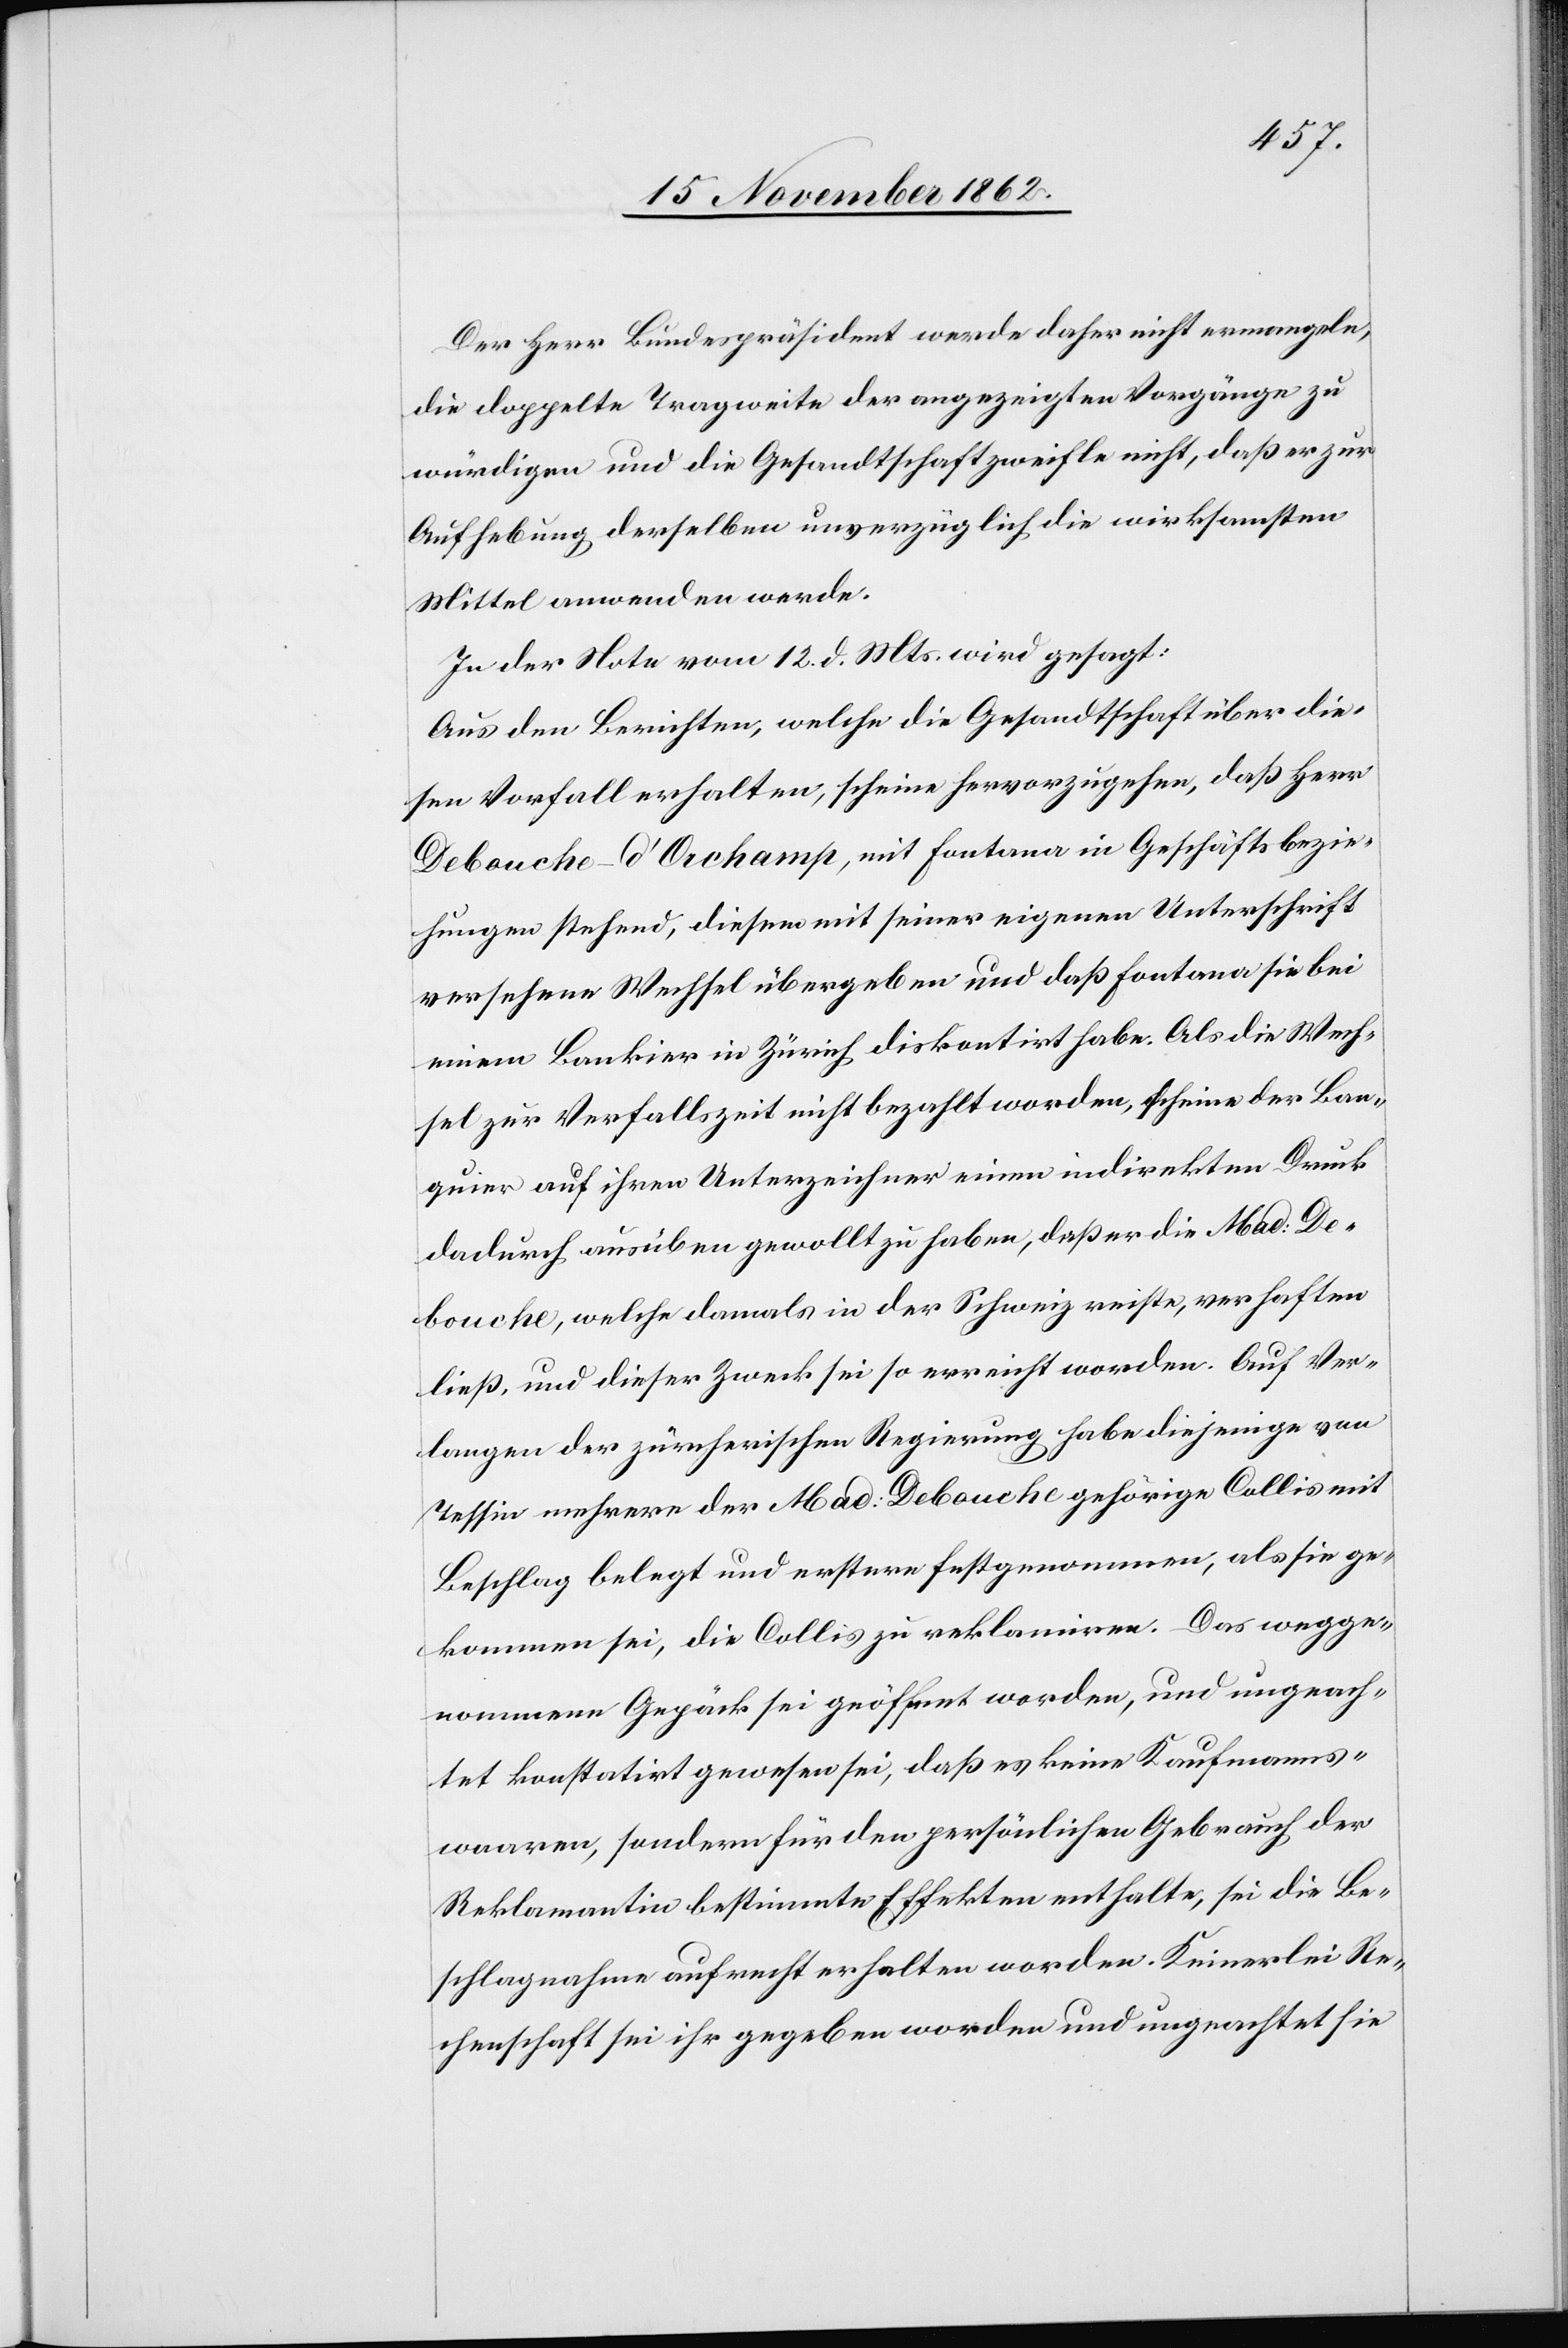
Der Herr Bundespräsident werde daher nicht ermangeln,
die doppelte Tragweite der angezeigten Vorgänge zu
würdigen und die Gesandtschaft zweifle nicht, daß er zur
Aufhebung derselben unverzüglich die wirksamsten
Mittel anwenden werde.
In der Nota vom 12. d. Mts. wird gesagt:
Aus den Berichten, welche die Gesandtschaft über die¬
sen Vorfall erhalten, scheine hervorzugehen, daß Herr
Debouche-d’Orchamp, mit Fontana in Geschäftsbezie¬
hungen stehend, diesem mit seiner eigenen Unterschrift
versehene Wechsel übergeben und daß Fontana sie bei
einem Bankier in Zürich diskutirt habe. Als die Wech¬
sel zur Verfallszeit nicht bezahlt worden, scheine der Ban¬
quier auf ihren Unterzeichner einen indirekten Druck
dadurch ausüben gewollt zu haben, daß er die Mad: De¬
bouche, welche damals in der Schweiz reiste, verhaften
ließ, und dieser Zweck sei so erreicht worden. Auf Ver¬
langen der zürcherischen Regierung habe diejenige von
Tessin mehrere der Mad: Debouche gehörige Collis mit
Beschlag belegt und erstere festgenommen, als sie ge¬
kommen sei, die Collis zu reklamiren. Das wegge¬
nommene Gepäck sei geöffnet worden, und ungeach¬
tet konstatirt gewesen sei, daß es keine Kaufmanns¬
waaren, sondern für den persönlichen Gebrauch der
Reklamantin bestimmte Effekten enthalte, sei die Be¬
schlagnahme aufrecht erhalten worden. Keinerlei Re¬
chenschaft sei ihr gegeben worden und ungeachtet sie